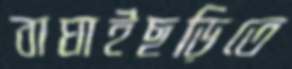
বাঘাইছড়িতে